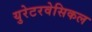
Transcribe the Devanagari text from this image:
युरेटरवेसिकल